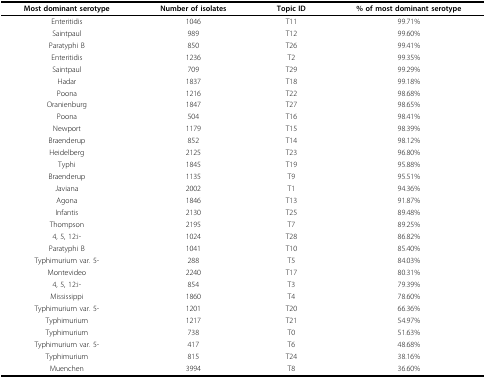
| Most dominant serotype | Number of isolates | Topic ID | % of most dominant serotype |
 | --- | --- | --- | --- |
 | Enteritidis | 1046 | T11 | 99.71% |
 | Saintpaul | 989 | T12 | 99.60% |
 | Paratyphi B | 850 | T26 | 99.41% |
 | Enteritidis | 1236 | T2 | 99.35% |
 | Saintpaul | 709 | T29 | 99.29% |
 | Hadar | 1837 | T18 | 99.18% |
 | Poona | 1216 | T22 | 98.68% |
 | Oranienburg | 1847 | T27 | 98.65% |
 | Poona | 504 | T16 | 98.41% |
 | Newport | 1179 | T15 | 98.39% |
 | Braenderup | 852 | T14 | 98.12% |
 | Heidelberg | 2125 | T23 | 96.80% |
 | Typhi | 1845 | T19 | 95.88% |
 | Braenderup | 1135 | T9 | 95.51% |
 | Javiana | 2002 | T1 | 94.36% |
 | Agona | 1846 | T13 | 91.87% |
 | Infantis | 2130 | T25 | 89.48% |
 | Thompson | 2195 | T7 | 89.25% |
 | 4, 5, 12:i- | 1024 | T28 | 86.82% |
 | Paratyphi B | 1041 | T10 | 85.40% |
 | Typhimurium var. 5- | 288 | T5 | 84.03% |
 | Montevideo | 2240 | T17 | 80.31% |
 | 4, 5, 12:i- | 854 | T3 | 79.39% |
 | Mississippi | 1860 | T4 | 78.60% |
 | Typhimurium var. 5- | 1201 | T20 | 66.36% |
 | Typhimurium | 1217 | T21 | 54.97% |
 | Typhimurium | 738 | T0 | 51.63% |
 | Typhimurium var. 5- | 417 | T6 | 48.68% |
 | Typhimurium | 815 | T24 | 38.16% |
 | Muenchen | 3994 | T8 | 36.60% |